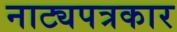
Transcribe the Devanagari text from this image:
नाट्यपत्रकार